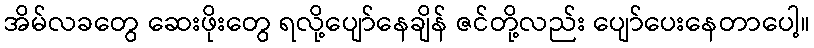
အိမ်လခတွေ ဆေးဖိုးတွေ ရလို့ပျော်နေချိန် ဇင်တို့လည်း ပျော်ပေးနေတာပေါ့။